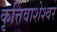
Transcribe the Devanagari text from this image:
कृत्तिवाशेश्वर